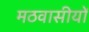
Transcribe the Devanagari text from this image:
मठवासीयों